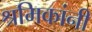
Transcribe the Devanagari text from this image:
श्रमिकांनी